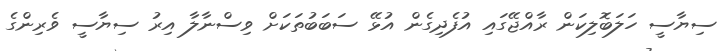
ސިޔާސީ ހަލަބޮލިކަން ރާއްޖޭގައި އުފެދިގެން އުޅޭ ސަބަބުތަކަށް ވިސްނާލާ އިރު ސިޔާސީ ވެރިންގެ